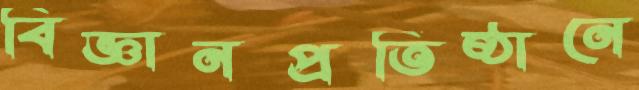
বিজ্ঞানপ্রতিষ্ঠানে